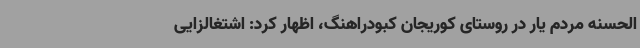
الحسنه مردم یار در روستای کوریجان کبودراهنگ، اظهار کرد: اشتغالزایی